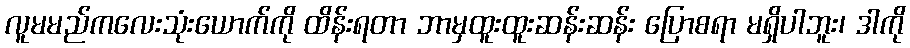
လူမမည်ကလေးသုံးယောက်ကို ထိန်းရတာ ဘာမှထူးထူးဆန်းဆန်း ပြောစရာ မရှိပါဘူး၊ ဒါကို